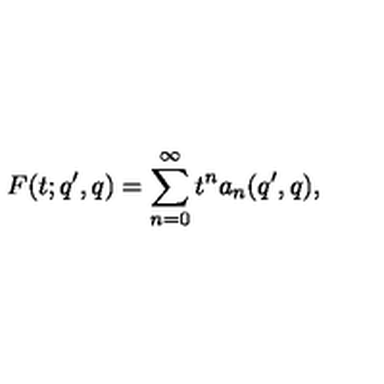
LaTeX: F ( t ; q ^ { \prime } , q ) = \sum _ { n = 0 } ^ { \infty } t ^ { n } a _ { n } ( q ^ { \prime } , q ) ,